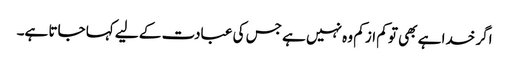
اگر خدا ہے بھی تو کم از کم وہ نہیں ہے جس کی عبادت کے لیے کہا جاتا ہے۔